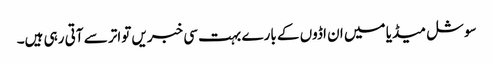
سوشل میڈیا میں ان اڈوں کے بارے بہت سی خبریں تواتر سے آتی رہی ہیں۔